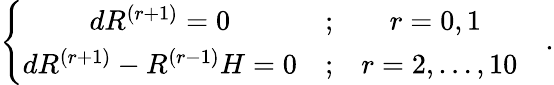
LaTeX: \left\{ \begin{array}{ccc}{{dR^{\left(r+1\right)}=0}}&{{;}}&{{r=0,1\; }}\\ {{dR^{\left(r+1\right)}-R^{\left(r-1\right)}H=0}}&{{;}}&{{r=2,\ldots,10}}\end{array}\right.\quad.